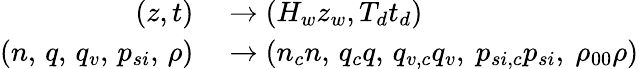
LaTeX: \begin{array}{rl}{(z,t)}&{{}\rightarrow(H_{w}z_{w},T_{d}t_{d})}\\ {(n,\, q,\, q_{v},\, p_{si},\, \rho)}&{{}\rightarrow(n_{c}n,\, q_{c}q,\, q_{v,c}q_{v},\ p_{si,c}p_{si},\ \rho_{00}\rho)}\end{array}